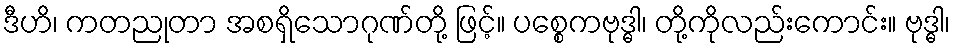
ဒီဟိ၊ ကတညုတာ အစရှိသောဂုဏ်တို့ ဖြင့်။ ပစ္စေကဗုဒ္ဓါ၊ တို့ကိုလည်းကောင်း။ ဗုဒ္ဓါ၊